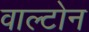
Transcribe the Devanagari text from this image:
वाल्टोन